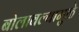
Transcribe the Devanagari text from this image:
बोलावल्यामुळे